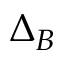
\Delta _ { B }